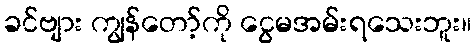
ခင်ဗျား ကျွန်တော့်ကို ငွေမအမ်းရသေးဘူး။